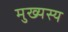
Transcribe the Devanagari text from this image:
मुख्यस्य